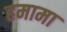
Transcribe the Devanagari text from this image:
हमामा